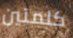
كلمتين